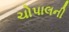
ચોપાલની